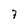
Character: 7